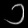
Digit: ၁